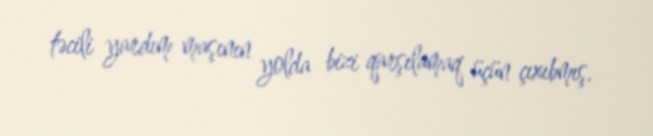
təcili yardım maşının yolda bizi qarşılamaq üçün çıxıbmış.